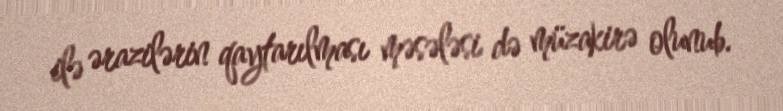
ilə ərazilərin qaytarılması məsələsi də müzakirə olunub.